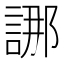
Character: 𮘖